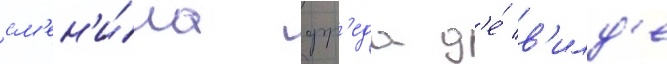
см'ен'и́ла фр'еда д'е́ в'илд'е